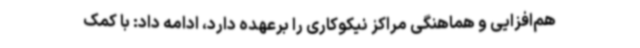
هم‌افزایی و هماهنگی مراکز نیکوکاری را برعهده دارد، ادامه داد: با کمک